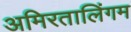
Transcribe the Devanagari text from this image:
अमिरतालिंगम